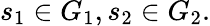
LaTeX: s_{1}\in G_{1},s_{2}\in G_{2}.